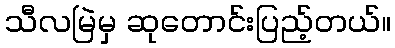
သီလမြဲမှ ဆုတောင်းပြည့်တယ်။